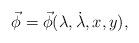
LaTeX: \begin{align*}\vec\phi=\vec\phi(\lambda, \dot\lambda, x, y),\end{align*}